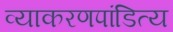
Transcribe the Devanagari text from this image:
व्याकरणपांडित्य